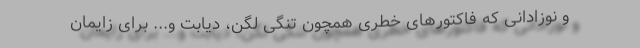
و نوزادانی که فاکتورهای خطری همچون تنگی لگن، دیابت و... برای زایمان